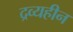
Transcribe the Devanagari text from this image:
द्रव्यहीन